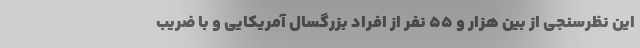
این نظرسنجی از بین هزار و ۵۵ نفر از افراد بزرگسال آمریکایی و با ضریب